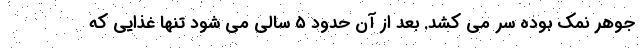
جوهر نمک بوده سر می کشد. بعد از آن حدود ۵ سالی می شود تنها غذایی که